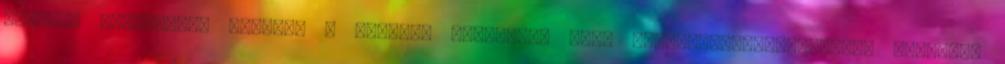
macskák irtásával, illetve a szőrmés ragadozók róka állományszabályzásával Kutatás,